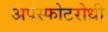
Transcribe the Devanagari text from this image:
अपस्फोटरोधी